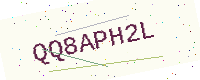
Text: QQ8APH2L